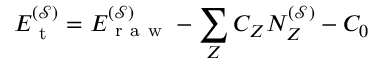
E _ { \mathrm { ~ t ~ } } ^ { ( \mathcal { S } ) } = E _ { \mathrm { ~ r ~ a ~ w ~ } } ^ { ( \mathcal { S } ) } - \sum _ { Z } C _ { Z } N _ { Z } ^ { ( \mathcal { S } ) } - C _ { 0 }